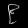
Digit: ၉